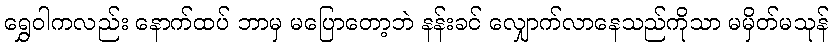
ရွှေဝါကလည်း နောက်ထပ် ဘာမှ မပြောတော့ဘဲ နန်းခင် လျှောက်လာနေသည်ကိုသာ မမှိတ်မသုန်